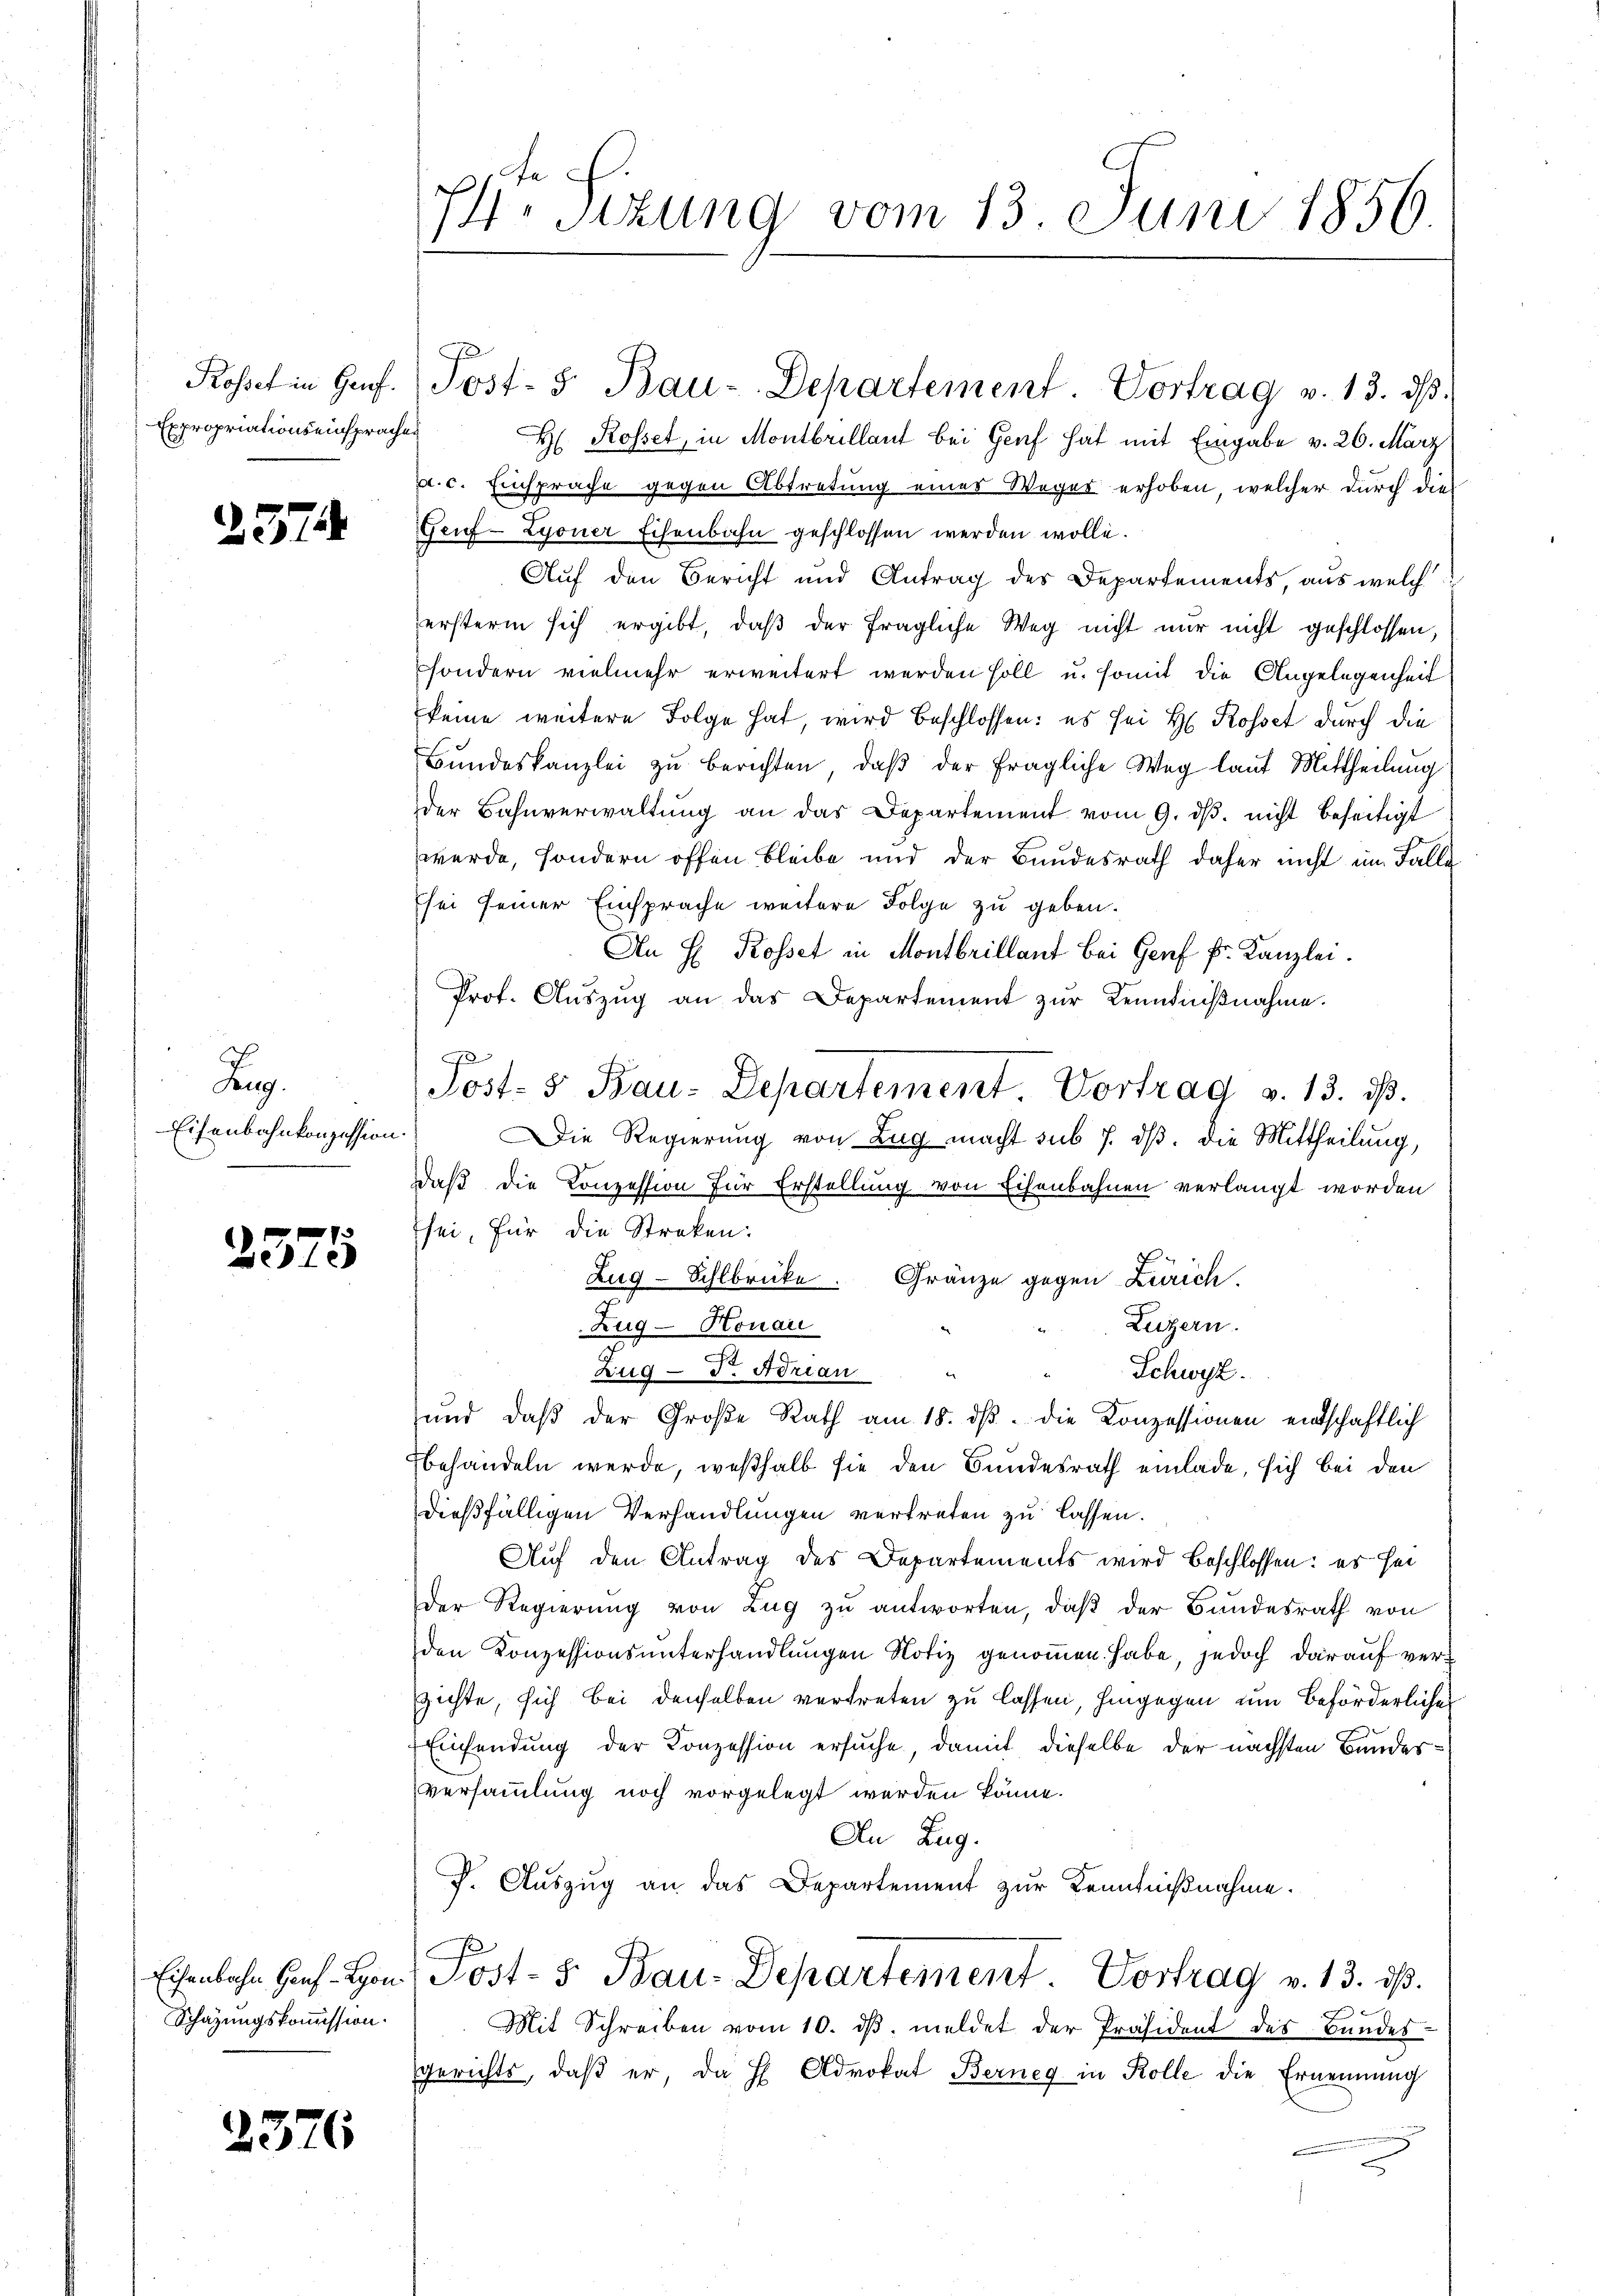
Expropriationseinsprachen

2374

R.
Eisenbahnkonzession.

2575

Schazungskommission.

2376

Rosset, in Montbrillant bei Genf hat mit Eingabe v. 26. März
a. c. Einsprache gegen Abtretung einer Weger erhoben, welcher durch die
Geuf-Lyoner Eisenbahn geschlossen werden wolle.
Auf den Bericht und Antrag des Departements, aus welch
ersterm sich ergibt, daß der fragliche Weg nicht nur nicht geschlossen,
sondern vielmehr erweitert werden soll u. somit die Angelegenheit
keine weitere Folge hat, wird beschlossen: es sei H. Rosset durch die
Bundeskanzlei zu berichten, daß der fragliche Weg lauf Mittheilung
der Bahnverwaltung an das Departement vom 9. dβ. nicht beseitigt
werde, sondern offen bleibe und der Bundesrath daher nicht im Falle
sei seiner Einsprache weitere Folge zu geben.
An H. Rosset in Montbrillant bei Genf Fr. Kanzlei.
Prof. Aŭszŭg an das Departement zur Kenntnißnahme.
Post- 5 Bau-Departement. Vortrag v. 13. ds.
Die Regierung von Zug macht sub 7. dβ. die Mittheilung,
daß die Konzession für Erstellung von Eisenbahnen verlangt worden
sei, für die Streken:
Zug-Sihlbrücke. Gränze gegen Zürich.
Luzern.
Zug- Honau
Zug - Dr. Adrian
Schwyz.
und daß der Große Rath am 18. dβ. die Konzessionen entschaftlich
behandeln werde, weßhalb sie den Bundesrath einlade, sich bei den
dießfälligen Verhandlungen vertreten zu lassen.
Auf den Antrag des Departements wird beschlossen: es sei
Der Regierung von Zug zu antworten, daß der Bundesrath von
den Konzessionsunterhandlungen Notiz genommen habe, jedoch darauf verzichte, sich bei denselben vertreten zu lassen, hingegen um beförderlicher
Einsendung der Konzession ersuche, damit dieselbe der nächsten Bundesversammlung noch vorgelegt werden könne.
An Zug.
F. Auszug an das Departement zur Kenntnißnahme.
Eisenbahn Hs. Hrn. Post- 5. Bau-Departement. Vortrag v. 13. ds.
t
Mit Schreiben vom 10. dβ meldet der Präsident des Bundes
gerichts, daβ er, da H Advokat Berneg in Kolle die Ernennung

74 Sizung vom 13. Juni 1856.

Rosset in Genf. Post- 5. Bau-Departement. Vortrag v. 13. dβ.